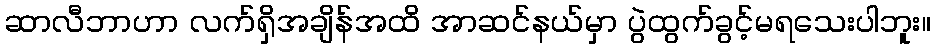
ဆာလီဘာဟာ လက်ရှိအချိန်အထိ အာဆင်နယ်မှာ ပွဲထွက်ခွင့်မရသေးပါဘူး။